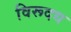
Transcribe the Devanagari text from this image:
विरूदध